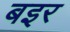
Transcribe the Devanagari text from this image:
बइर